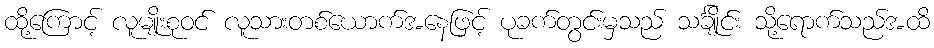
ထို့ကြောင့် လူမျိုးစုဝင် လူသားတစ်ယောက်အနေဖြင့် ပုခက်တွင်းမှသည် သင်္ချိုင်း သို့ရောက်သည်အထိ